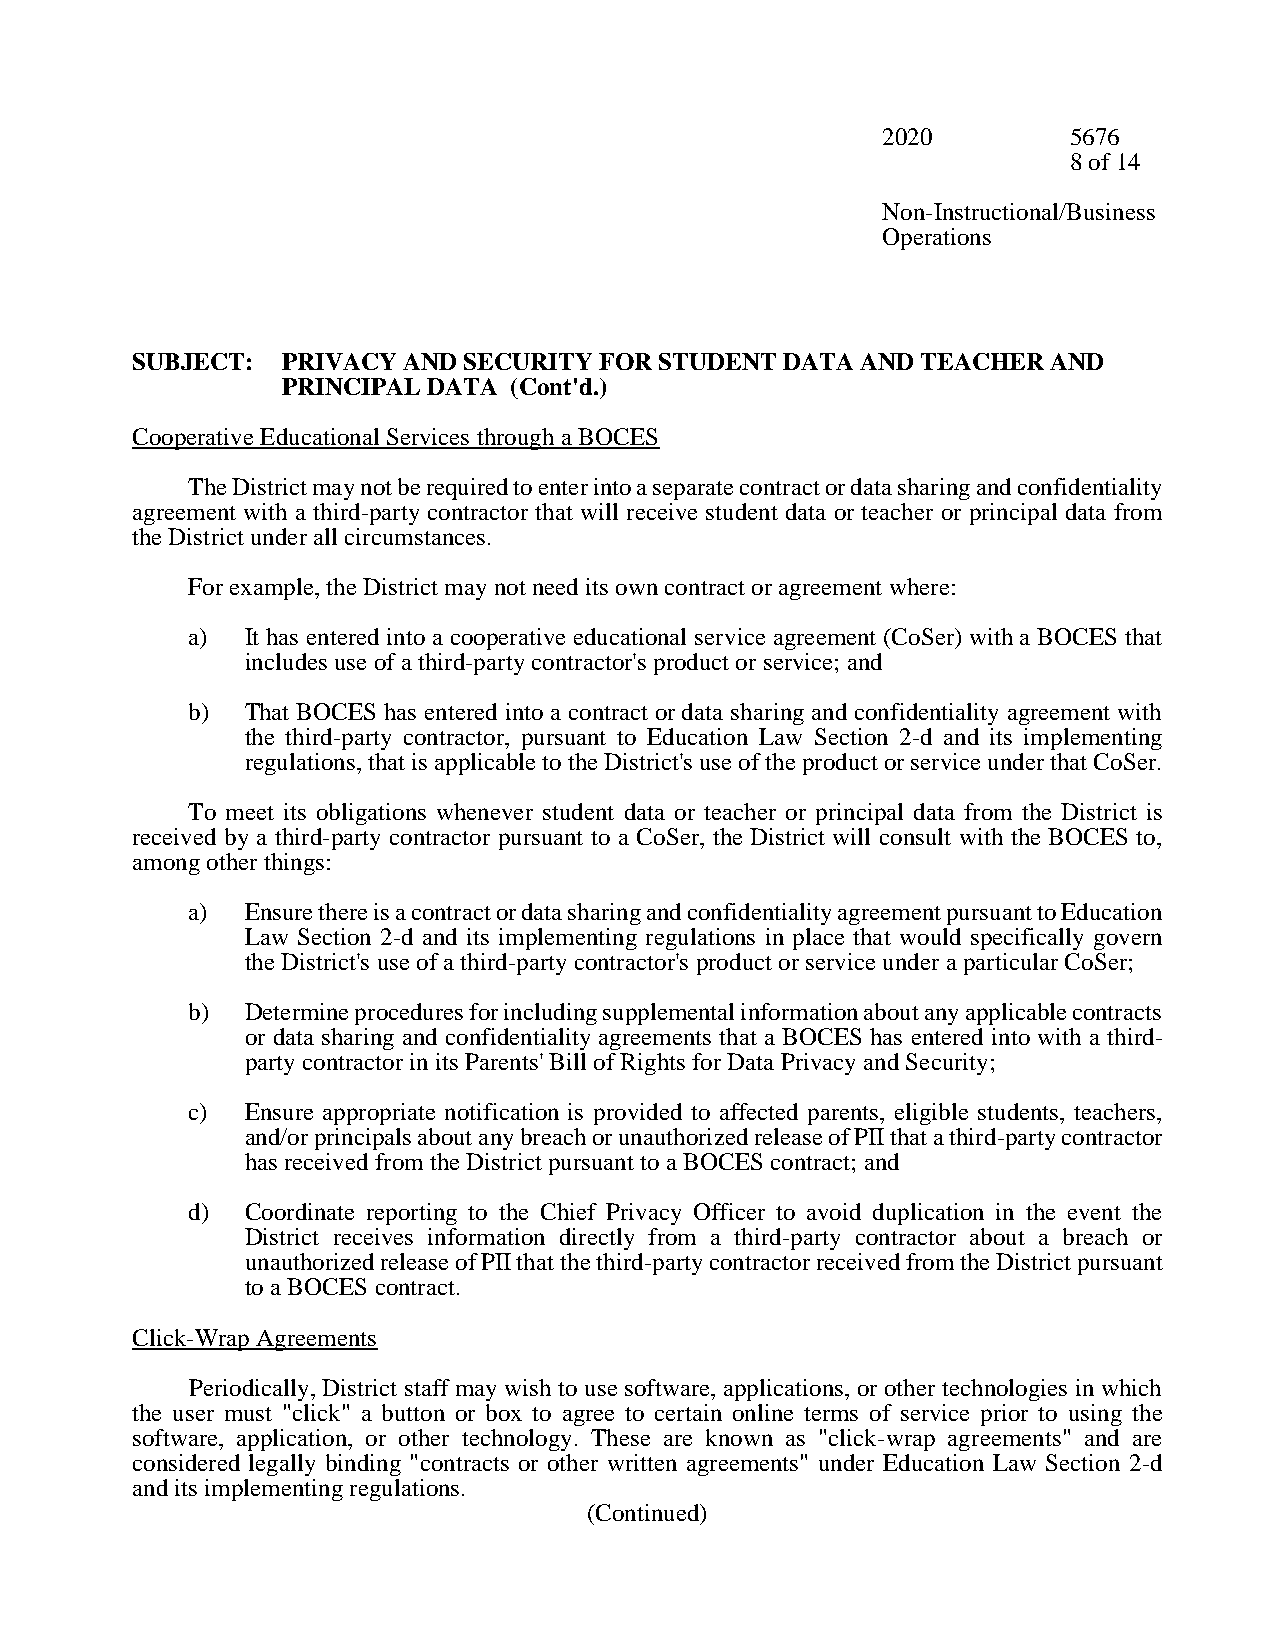
2020         5676
 8 of 14
 Non-Instructional/Business
 Operations
 SUBJECT:  PRIVACY AND SECURITY FOR STUDENT DATA AND TEACHER  AND
 PRINCIPAL DATA (Cont'd.)
 Cooperative Educational Services through a BOCES
 The District may not be required to enter into a separate contract or data sharing and confidentiality
 agreement with a third-party contractor that will receive student data or teacher or principal data from
 the District under all circumstances.
 For example, the District may not need its own contract or agreement where:
 a)  It has entered into a cooperative educational service agreement (CoSer) with a BOCES that
 includes use of a third-party contractor's product or service; and
 b)  That BOCES has entered into a contract or data sharing and confidentiality agreement with
 the third-party contractor, pursuant to Education Law Section 2-d and its implementing
 regulations, that is applicable to the District's use of the product or service under that CoSer.
 To meet its obligations whenever student data or teacher or principal data from the District is
 received by a third-party contractor pursuant to a CoSer, the District will consult with the BOCES to,
 among other things:
 a)  Ensure there is a contract or data sharing and confidentiality agreement pursuant to Education
 Law Section 2-d and its implementing regulations in place that would specifically govern
 the District's use of a third-party contractor's product or service under a particular CoSer;
 b)  Determine procedures for including supplemental information about any applicable contracts
 or data sharing and confidentiality agreements that a BOCES has entered into with a third-
 party contractor in its Parents' Bill of Rights for Data Privacy and Security;
 c)  Ensure appropriate notification is provided to affected parents, eligible students, teachers,
 and/or principals about any breach or unauthorized release of PII that a third-party contractor
 has received from the District pursuant to a BOCES contract; and
 d)  Coordinate reporting to the Chief Privacy Officer to avoid duplication in the event the
 District receives information directly from a third-party contractor about a breach or
 unauthorized release of PII that the third-party contractor received from the District pursuant
 to a BOCES contract.
 Click-Wrap Agreements
 Periodically, District staff may wish to use software, applications, or other technologies in which
 the user must "click" a button or box to agree to certain online terms of service prior to using the
 software, application, or other technology. These are known as "click-wrap agreements" and are
 considered legally binding "contracts or other written agreements" under Education Law Section 2-d
 and its implementing regulations.
 (Continued)